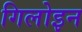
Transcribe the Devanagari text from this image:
गिलोइन